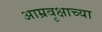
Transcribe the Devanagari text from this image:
आम्रवृक्षाच्या